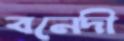
বনেদী